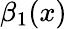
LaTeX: \beta_{1}(x)